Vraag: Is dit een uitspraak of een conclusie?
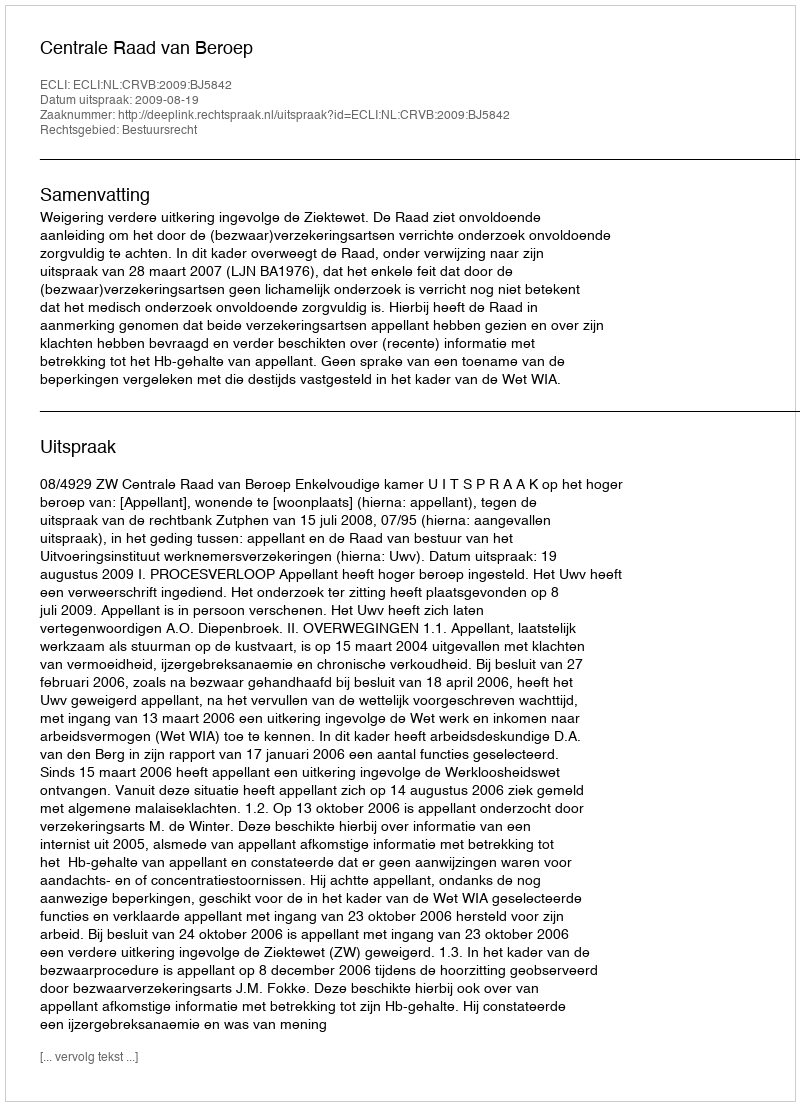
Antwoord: Uitspraak